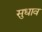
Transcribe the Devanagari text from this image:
सुधाव